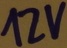
Text: 12V